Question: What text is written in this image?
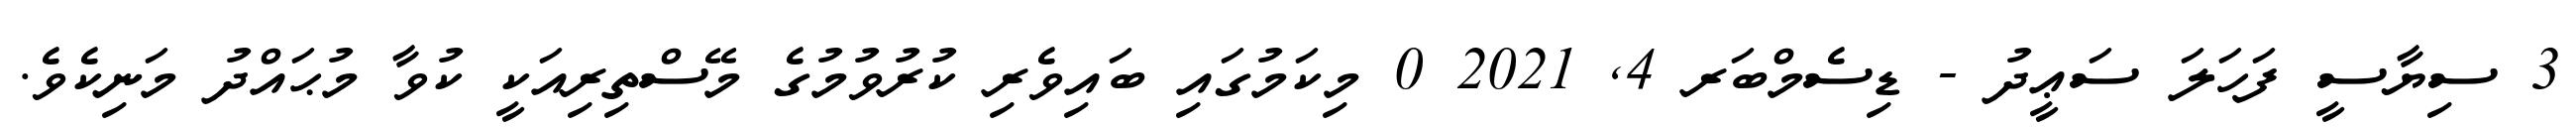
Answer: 3 ސިޔާސީ ފަހަލަ ސަޢީދު - ޑިސެމްބަރ 4, 2021 0 މިކަމުގައި ބައިވެރި ކުރުވުމުގެ މޭސްތިރިއަކީ ކުވާ މުޙައްދު މަނިކެވެ.